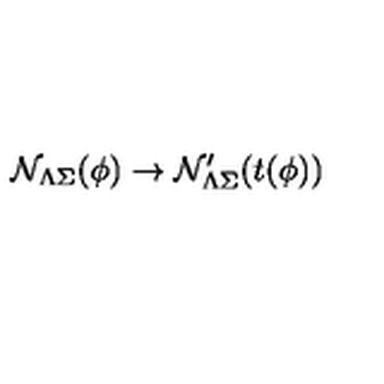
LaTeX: { \cal N } _ { \Lambda \Sigma } ( \phi ) \rightarrow { \cal N } _ { \Lambda \Sigma } ^ { \prime } ( t ( \phi ) )